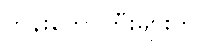
ဘုန်းတော်ကြီးများကို